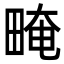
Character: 㽢